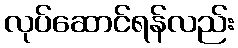
လုပ်ဆောင်ရန်လည်း